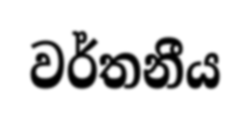
වර්තනීය